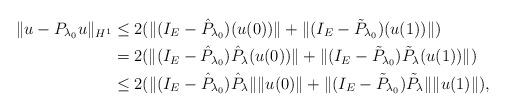
LaTeX: \begin{align*}\|u-P_{\lambda_0}u\|_{H^1}&\leq 2(\|(I_E-\hat{P}_{\lambda_0})(u(0))\|+\|(I_E-\tilde{P}_{\lambda_0})(u(1))\|)\\&= 2(\|(I_E-\hat{P}_{\lambda_0})\hat{P}_\lambda(u(0))\|+\|(I_E-\tilde{P}_{\lambda_0})\tilde{P}_\lambda(u(1))\|)\\&\leq 2(\|(I_E-\hat{P}_{\lambda_0})\hat{P}_\lambda\|\|u(0)\|+\|(I_E-\tilde{P}_{\lambda_0})\tilde{P}_\lambda\|\|u(1)\|),\end{align*}